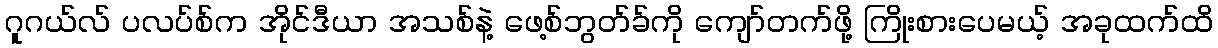
ဂူဂယ်လ် ပလပ်စ်က အိုင်ဒီယာ အသစ်နဲ့ ဖေ့စ်ဘွတ်ခ်ကို ကျော်တက်ဖို့ ကြိုးစားပေမယ့် အခုထက်ထိ